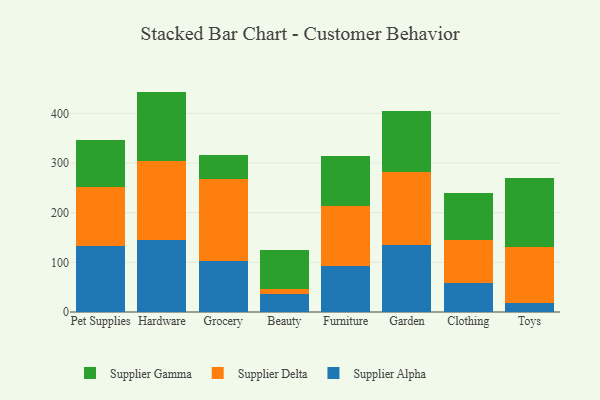
{"axis": {"x": "Category", "y": "Energy Usage (MWh)"}, "legend": ["Supplier Alpha", "Supplier Delta", "Supplier Gamma"], "data": [{"x": "Pet Supplies", "y": 133.7, "type": "Supplier Alpha"}, {"x": "Pet Supplies", "y": 118.3, "type": "Supplier Delta"}, {"x": "Pet Supplies", "y": 93.7, "type": "Supplier Gamma"}, {"x": "Hardware", "y": 144.1, "type": "Supplier Alpha"}, {"x": "Hardware", "y": 159.6, "type": "Supplier Delta"}, {"x": "Hardware", "y": 140.1, "type": "Supplier Gamma"}, {"x": "Grocery", "y": 102.3, "type": "Supplier Alpha"}, {"x": "Grocery", "y": 165.2, "type": "Supplier Delta"}, {"x": "Grocery", "y": 49.4, "type": "Supplier Gamma"}, {"x": "Beauty", "y": 36.1, "type": "Supplier Alpha"}, {"x": "Beauty", "y": 11.0, "type": "Supplier Delta"}, {"x": "Beauty", "y": 78.5, "type": "Supplier Gamma"}, {"x": "Furniture", "y": 92.8, "type": "Supplier Alpha"}, {"x": "Furniture", "y": 119.7, "type": "Supplier Delta"}, {"x": "Furniture", "y": 101.3, "type": "Supplier Gamma"}, {"x": "Garden", "y": 134.3, "type": "Supplier Alpha"}, {"x": "Garden", "y": 147.6, "type": "Supplier Delta"}, {"x": "Garden", "y": 122.6, "type": "Supplier Gamma"}, {"x": "Clothing", "y": 59.2, "type": "Supplier Alpha"}, {"x": "Clothing", "y": 86.3, "type": "Supplier Delta"}, {"x": "Clothing", "y": 94.8, "type": "Supplier Gamma"}, {"x": "Toys", "y": 17.8, "type": "Supplier Alpha"}, {"x": "Toys", "y": 112.9, "type": "Supplier Delta"}, {"x": "Toys", "y": 140.0, "type": "Supplier Gamma"}]}